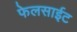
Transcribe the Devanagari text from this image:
फेलसाईट